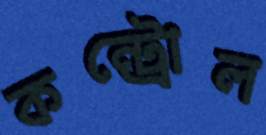
কন্ট্রোল